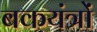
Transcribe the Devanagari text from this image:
बकयंत्रों